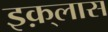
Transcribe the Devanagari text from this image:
इक़्लास